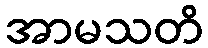
အာမသတိ